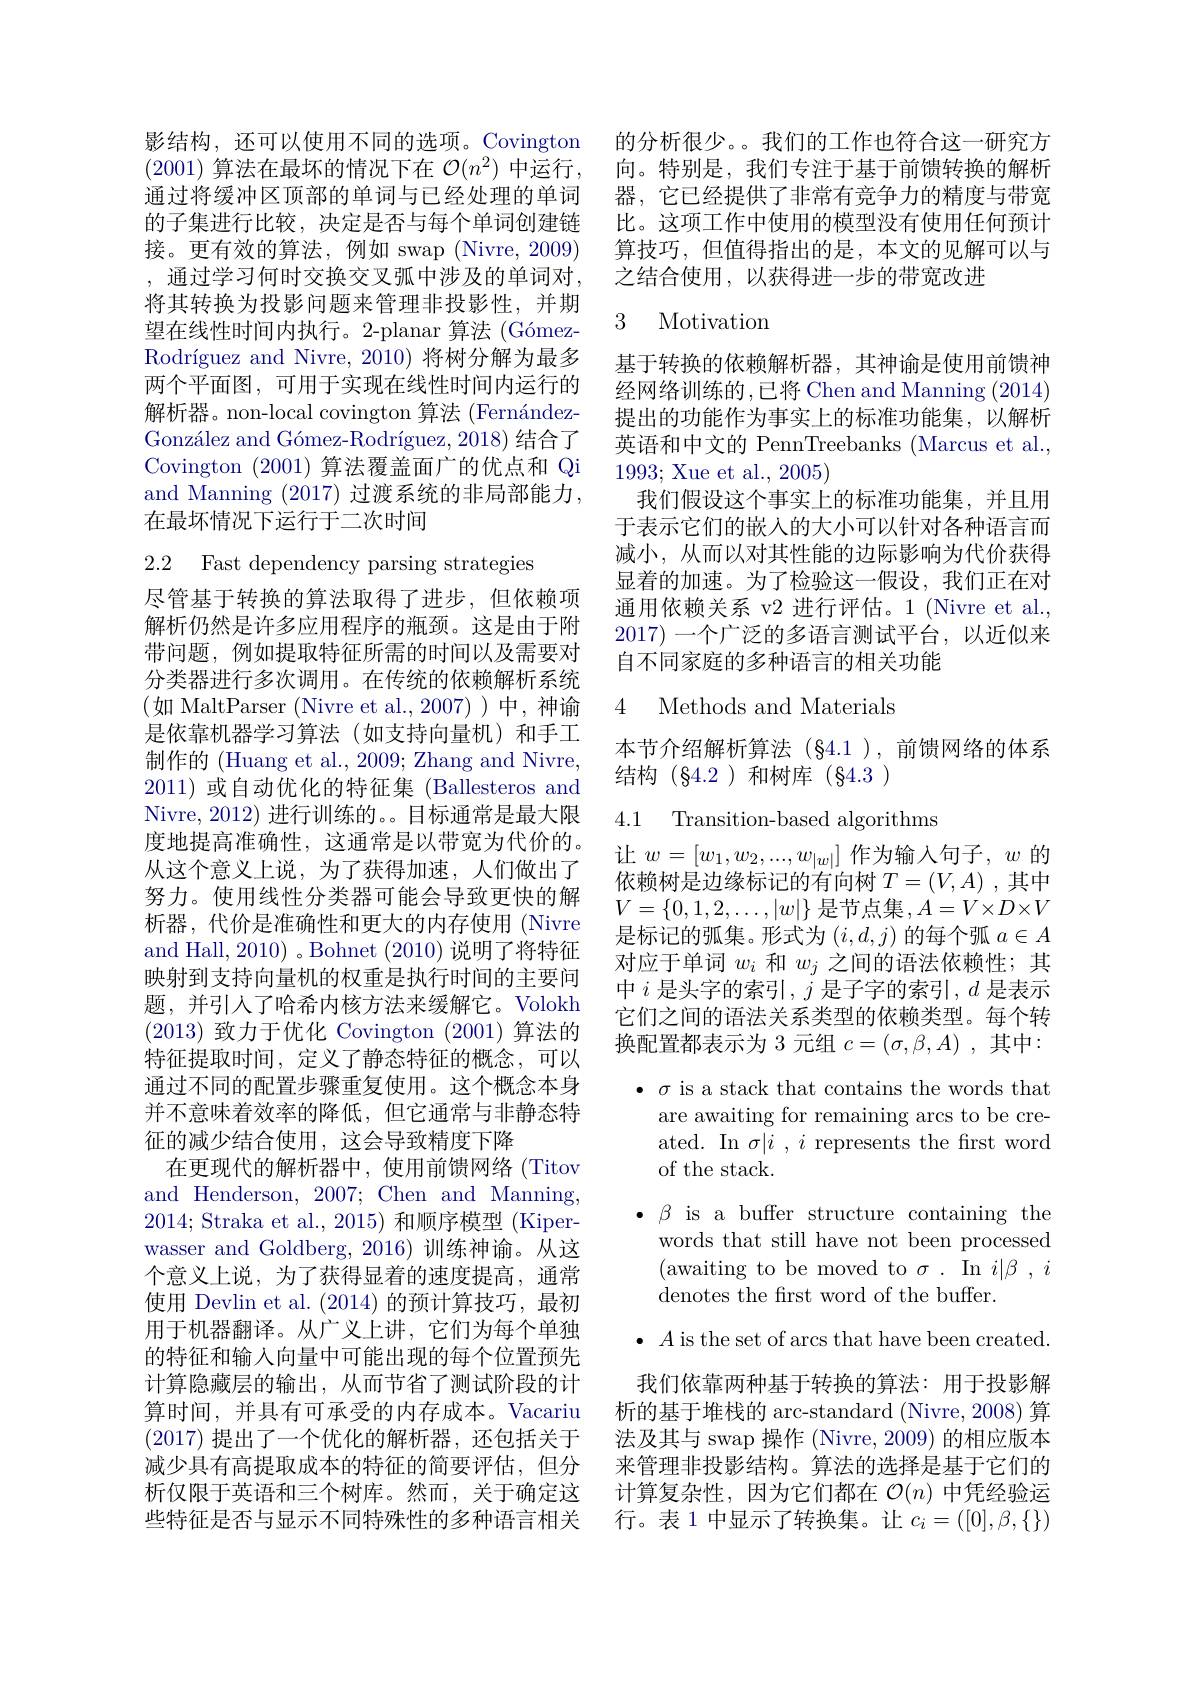
影结构，还可以使用不同的选项。Covington (2001)算法在最坏的情况下在$\mathcal{O}(n^2)$中运行， 通过将缓冲区顶部的单词与已经处理的单词的子集进行比较，决定是否与每个单词创建链接。更有效的算法，例如 swap (Nivre, 2009) , 通过学习何时交换交叉弧中涉及的单词对， 将其转换为投影问题来管理非投影性，并期望在线性时间内执行。2-planar 算法 (GómezRodríguez and Nivre, 2010) 将树分解为最多两个平面图，可用于实现在线性时间内运行的解析器。non-local covington 算法 (FernándezGonzález and Gómez-Rodríguez, 2018) 结合了Covington (2001) 算法覆盖面广的优点和 Qi and Manning (2017) 过渡系统的非局部能力， 在最坏情况下运行于二次时间

2.2 Fast dependency parsing strategies

尽管基于转换的算法取得了进步，但依赖项解析仍然是许多应用程序的瓶颈。这是由于附带问题，例如提取特征所需的时间以及需要对分类器进行多次调用。在传统的依赖解析系统(如 MaltParser (Nivre et al.,2007))中，神谕是依靠机器学习算法(如支持向量机)和手工制作的 (Huang et al., 2009; Zhang and Nivre, 2011)或自动优化的特征集 (Ballesteros and Nivre, 2012) 进行训练的。。目标通常是最大限度地提高准确性，这通常是以带宽为代价的。从这个意义上说，为了获得加速，人们做出了努力。使用线性分类器可能会导致更快的解析器，代价是准确性和更大的内存使用 (Nivre and Hall, 2010) 。Bohnet (2010) 说明了将特征映射到支持向量机的权重是执行时间的主要问题，并引入了哈希内核方法来缓解它。Volokh (2013)致力于优化 Covington (2001)算法的特征提取时间，定义了静态特征的概念，可以通过不同的配置步骤重复使用。这个概念本身并不意味着效率的降低，但它通常与非静态特征的减少结合使用，这会导致精度下降
在更现代的解析器中，使用前馈网络(Titov and Henderson, 2007; Chen and Manning, 2014; Straka et al., 2015) 和顺序模型 (Kiperwasser and Goldberg, 2016)训练神谕。从这个意义上说，为了获得显着的速度提高，通常使用 Devlin et al. (2014)的预计算技巧，最初用于机器翻译。从广义上讲，它们为每个单独的特征和输入向量中可能出现的每个位置预先计算隐藏层的输出，从而节省了测试阶段的计算时间，并具有可承受的内存成本。Vacariu (2017) 提出了一个优化的解析器，还包括关于减少具有高提取成本的特征的简要评估，但分析仅限于英语和三个树库。然而，关于确定这些特征是否与显示不同特殊性的多种语言相关

的分析很少。。我们的工作也符合这一研究方向。特别是，我们专注于基于前馈转换的解析器，它已经提供了非常有竞争力的精度与带宽比。这项工作中使用的模型没有使用任何预计算技巧，但值得指出的是，本文的见解可以与之结合使用，以获得进一步的带宽改进

# 3 Motivation

基于转换的依赖解析器，其神谕是使用前馈神经网络训练的，已将 Chen and Manning (2014) 提出的功能作为事实上的标准功能集，以解析英语和中文的 PennTreebanks (Marcus et al., 1993; Xue et al., 2005)
我们假设这个事实上的标准功能集，并且用于表示它们的嵌入的大小可以针对各种语言而减小，从而以对其性能的边际影响为代价获得显着的加速。为了检验这一假设，我们正在对通用依赖关系 v2 进行评估。1 (Nivre et al., 2017)一个广泛的多语言测试平台，以近似来自不同家庭的多种语言的相关功能

## 4 Methods and Materials

本节介绍解析算法(§4.1 ),前馈网络的体系
结构(§4.2)和树库(§4.3)

4.1 Transition-based algorithms

让$w=[w_1,w_2,...,w_{|w|}]$作为输入句子，$w$的依赖树是边缘标记的有向树$T=(V,A)$ ,其中$V=\{0,1,2,\ldots,|w|\}$是节点集$,A=V\times D\times V$ 是标记的弧集。形式为$(i,d,j)$的每个弧$a\in A$ 对应于单词$w_i$和$w_j$之间的语法依赖性；其中 $i$ 是头字的索引$,j$ 是子字的索引$,d$ 是表示它们之间的语法关系类型的依赖类型。每个转换配置都表示为 3 元组$c=(\sigma,\beta,A)$ ,其中：

$\bullet~\sigma$ is a stack that contains the words that
are awaiting for remaining arcs to be created. In $\sigma | i$ , $i$ represents the frst word of the stack.
$\cdot\beta$ is a buffer structure containing the
words that still have not been processed (awaiting to be moved to$\sigma.$ In $i|\beta,i$ denotes the first word of the buffer.
$\bullet$ $A$ is the set of arcs that have been created. 我们依靠两种基于转换的算法：用于投影解
析的基于堆栈的 arc-standard (Nivre, 2008) 算法及其与 swap 操作 (Nivre, 2009) 的相应版本来管理非投影结构。算法的选择是基于它们的

计算复杂性，因为它们都在$\mathcal{O}(n)$中凭经验运行。表 1 中显示了转换集。让$c_i=([0],\beta,\{\})$